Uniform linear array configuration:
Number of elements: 24
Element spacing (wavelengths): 0.25
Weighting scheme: hamming
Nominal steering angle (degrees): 15
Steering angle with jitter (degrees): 13.925
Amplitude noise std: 0.05
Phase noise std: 0.05

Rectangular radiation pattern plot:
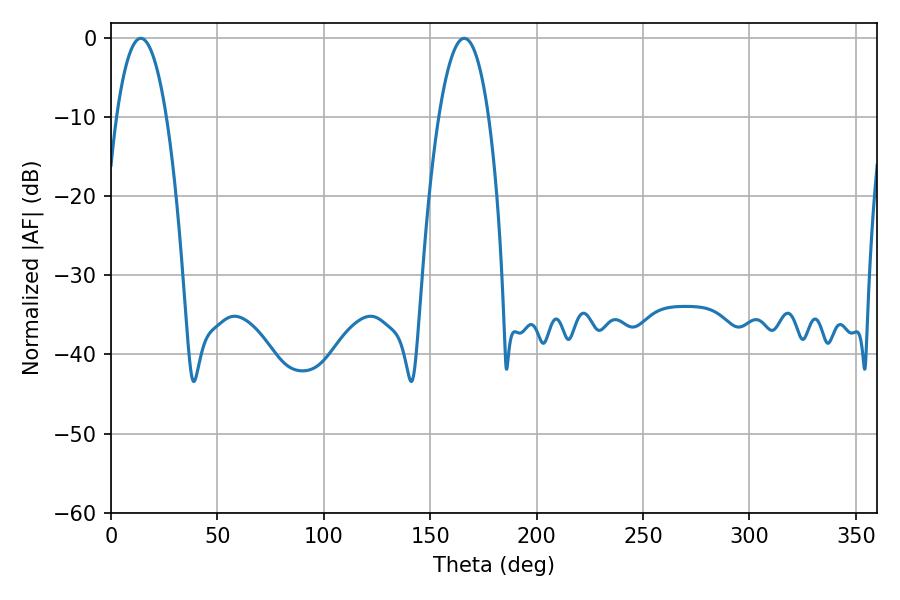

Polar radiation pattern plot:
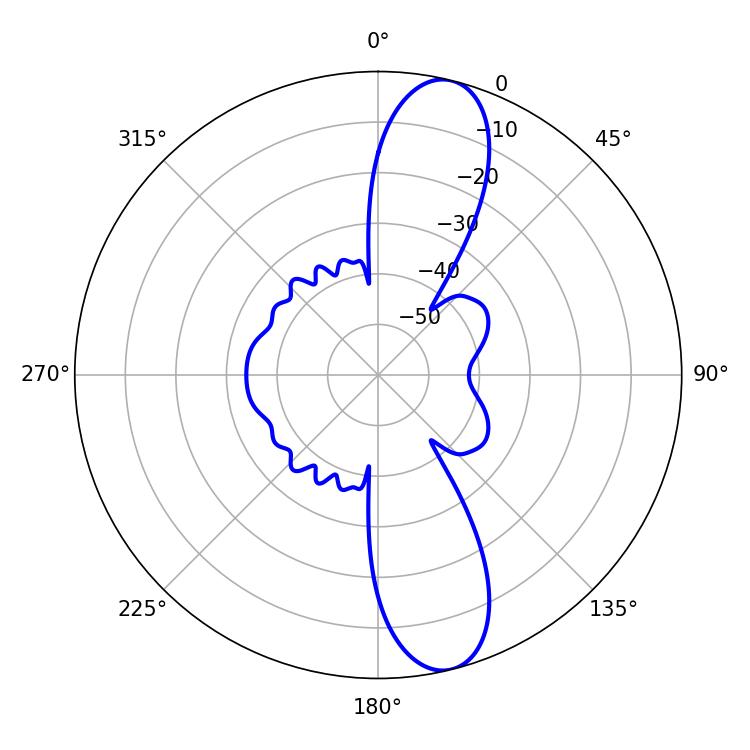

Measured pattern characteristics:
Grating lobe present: FALSE
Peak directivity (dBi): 12.296
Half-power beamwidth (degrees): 12.96
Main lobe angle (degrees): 14.04